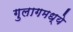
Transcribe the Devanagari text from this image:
गुलागमध्ये